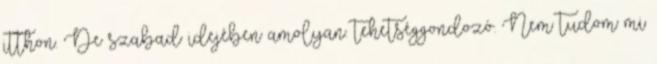
itthon. De szabad idejében amolyan. tehetséggondozó. Nem tudom mi